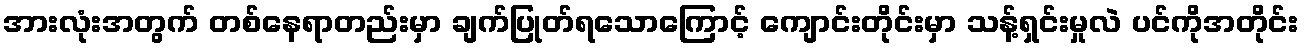
အားလုံးအတွက် တစ်နေရာတည်းမှာ ချက်ပြုတ်ရသောကြောင့် ကျောင်းတိုင်းမှာ သန့်ရှင်းမှုလဲ ပင်ကိုအတိုင်း